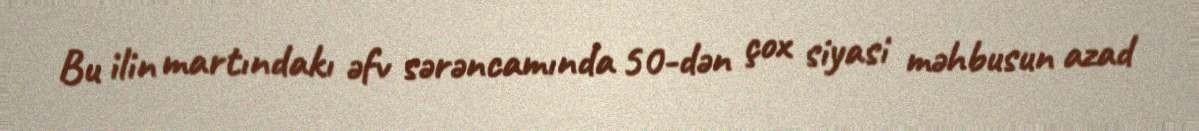
Bu ilin martındakı əfv sərəncamında 50-dən çox siyasi məhbusun azad